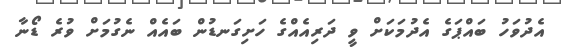
އެދުވަހު ބައްޕަގެ އެދުމަކަށް ވީ ދަރިއެއްގެ ހަށިގަނޑުން ބައެއް ނެގުމަށް ވުރެ ޑޯނާ